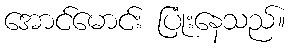
အောင်မောင်း ပြုံးနေသည်။